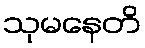
သုမနေတိ